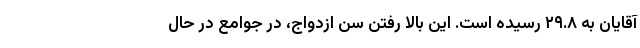
آقایان به ۲۹.۸ رسیده است. این بالا رفتن سن ازدواج، در جوامع در حال